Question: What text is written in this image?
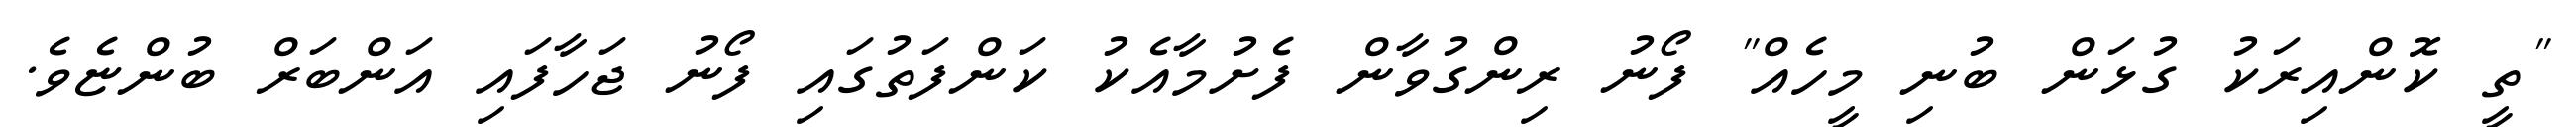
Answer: "ތީ ކޮންއިރަކު ގުޅަން ބުނި މީހެއް" ފޯނު ރިންގުވާން ފެށުމާއެކު ކަންފަތުގައި ފޯނު ޖަހާފައި އަންބަރް ބުންޏެވެ.